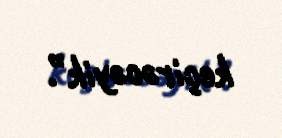
keçirəcəyik”.